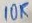
Text: 10K